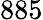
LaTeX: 885